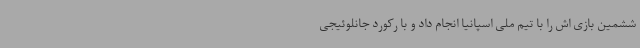
ششمین بازی اش را با تیم ملی اسپانیا انجام داد و با رکورد جانلوئیجی